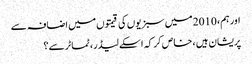
اور ہم، 2010 میں سبزیوں کی قیمتوں میں اضافہ سے
پریشان ہیں ، خاص کر کہ اسکے لیڈر، ٹماٹر سے؟